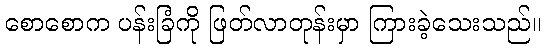
စောစောက ပန်းခြံကို ဖြတ်လာတုန်းမှာ ကြားခဲ့သေးသည်။